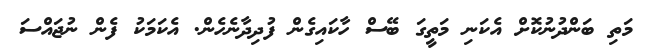
މަތި ބަންދުނުކޮށް އެކަނި މަތީގަ ބޭސް ހާކައިގެން ފުދިދާނެހެން. އެކަމަކު ފެން ނުޖައްސަ